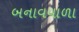
બનાવવાળા